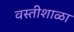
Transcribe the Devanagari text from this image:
वस्तीशाळा